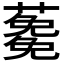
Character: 𮒉